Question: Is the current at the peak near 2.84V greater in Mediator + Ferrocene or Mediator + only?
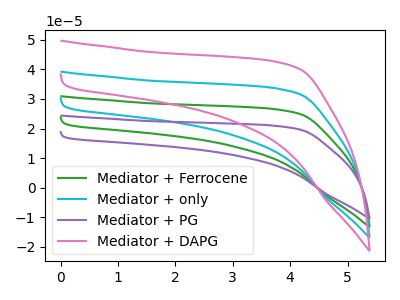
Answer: <think>The green curve "Mediator + Ferrocene" has no peaks. The cyan curve "Mediator + only" has no peaks. The purple curve "Mediator + PG" has no peaks. The pink curve "Mediator + DAPG" has no peaks.</think>
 <answer>"Mediator + Ferrocene" and "Mediator + only" dont share a peak at 2.84V.</answer>
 <eval>mismatch</eval>